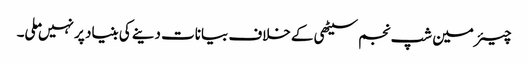
چیئرمین شپ نجم سیٹھی کے خلاف بیانات دینے کی بنیاد پر نہیں ملی۔